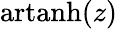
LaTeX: \operatorname{artanh}(z)